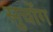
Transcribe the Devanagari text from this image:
सुचोंग